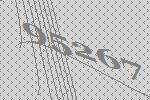
95267